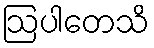
ဩပါတေသိ